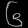
Digit: ၆